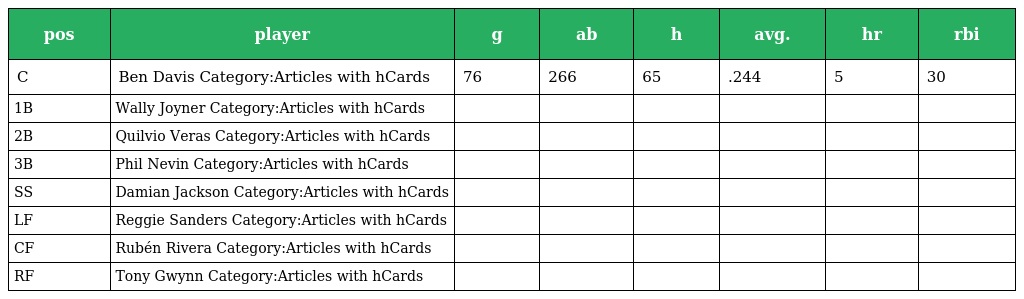
| pos | player | g | ab | h | avg. | hr | rbi |
 | --- | --- | --- | --- | --- | --- | --- | --- |
 | C | Ben Davis Category:Articles with hCards | 76 | 266 | 65 | .244 | 5 | 30 |
 | 1B | Wally Joyner Category:Articles with hCards |  |  |  |  |  |  |
 | 2B | Quilvio Veras Category:Articles with hCards |  |  |  |  |  |  |
 | 3B | Phil Nevin Category:Articles with hCards |  |  |  |  |  |  |
 | SS | Damian Jackson Category:Articles with hCards |  |  |  |  |  |  |
 | LF | Reggie Sanders Category:Articles with hCards |  |  |  |  |  |  |
 | CF | Rubén Rivera Category:Articles with hCards |  |  |  |  |  |  |
 | RF | Tony Gwynn Category:Articles with hCards |  |  |  |  |  |  |